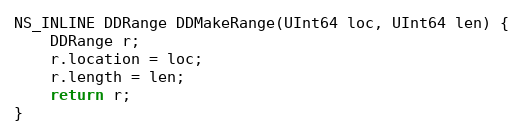
Language: C
NS_INLINE DDRange DDMakeRange(UInt64 loc, UInt64 len) {
    DDRange r;
    r.location = loc;
    r.length = len;
    return r;
}